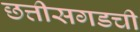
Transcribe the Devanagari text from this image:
छत्तीसगडची